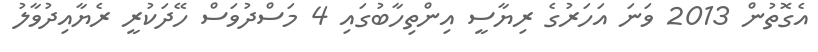
އެގޮތުން 2013 ވަނަ އަހަރުގެ ރިޔާސީ އިންތިހާބުގައި 4 މަސްދުވަސް ހޭދަކުރީ ރެޔާއިދުވާލު